Senior Leaving Certificate Examination (including Day School Certificate (Higher) General paper), 1947
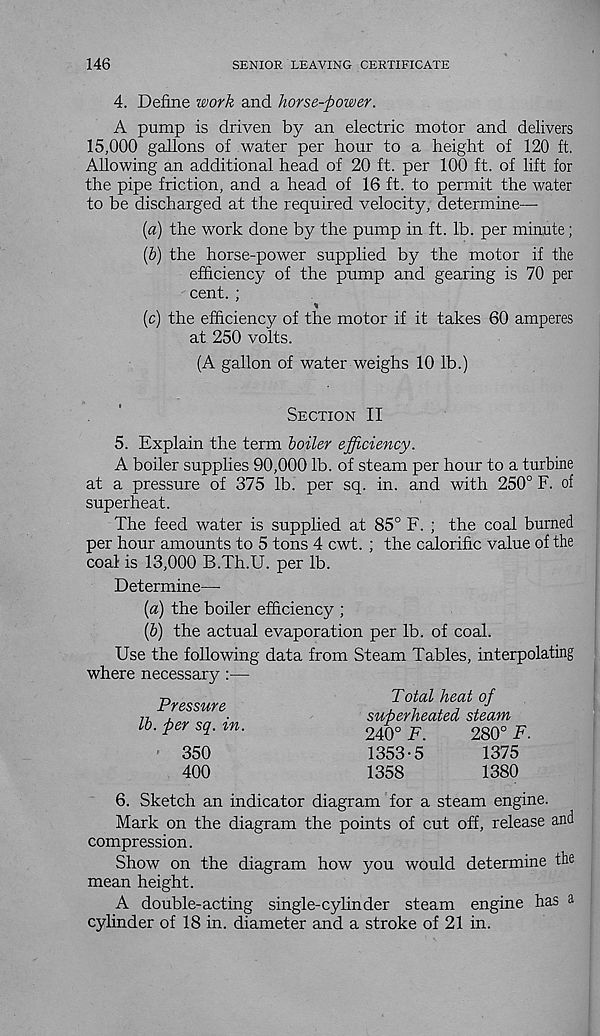
146
SENIOR LEAVING CERTIFICATE
4. Define work and horse-power.
A pump is driven by an electric motor and delivers
15,000 gallons of water per hour to a height of 120 ft.
Allowing an additional head of 20 ft. per 100 ft. of lift for
the pipe friction, and a head of 16 ft. to permit the water
to be discharged at the required velocity, determine—
{a) the work done by the pump in ft. lb. per minute;
(&) the horse-power supplied by the motor if the
efficiency of the pump and gearing is 70 per
cent. ;
%
(c) the efficiency of the motor if it takes 60 amperes
at 250 volts.
(A gallon of water weighs 10 lb.)
Section II
5. Explain the term boiler efficiency.
A boiler supplies 90,000 lb. of steam per hour to a turbine
at a pressure of 375 lb. per sq. in. and with 250° F. of
superheat.
The feed water is supplied at 85° F. ; the coal burned
per hour amounts to 5 tons 4 cwt. ; the calorific value of the
coal is 13,000 B.Th.U. per lb.
Determine—
[a) the boiler efficiency ;
[b) the actual evaporation per lb. of coal.
Use the following data from Steam Tables, interpolating
where necessary :—
Pressure
lb. per sq. in.
350
400
Total heat of
superheated steam
240° F.
280° E,
1353-5
1375
1358
1380
6. Sketch an indicator diagram for a steam engine.
Mark on the diagram the points of cut off, release and
compression.
Show on the diagram how you would determine the
mean height.
A double-acting single-cylinder steam engine has a
cylinder of 18 in. diameter and a stroke of 21 in.